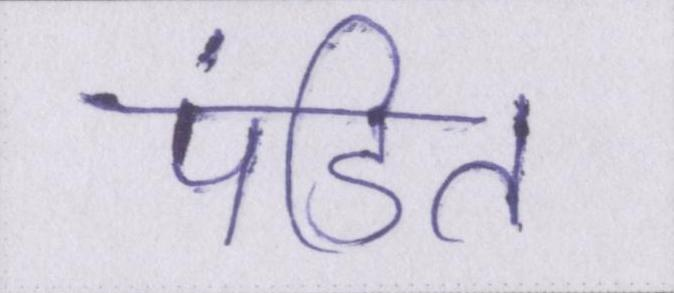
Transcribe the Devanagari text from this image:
पंडित